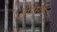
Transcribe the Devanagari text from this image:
लीडरशीप